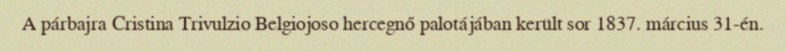
A párbajra Cristina Trivulzio Belgiojoso hercegnő palotájában került sor 1837. március 31-én.